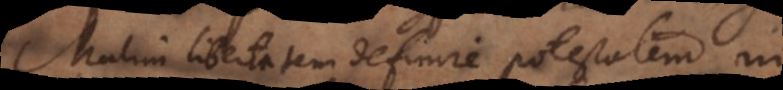
Malim libertatem definire potestatem in